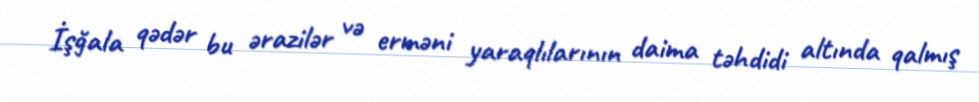
İşğala qədər bu ərazilər və erməni yaraqlılarının daima təhdidi altında qalmış